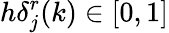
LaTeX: h\delta_{j}^{r}(k)\in[0,1]